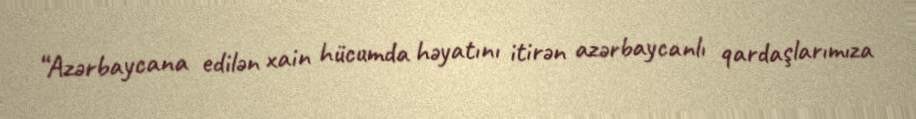
“Azərbaycana edilən xain hücumda həyatını itirən azərbaycanlı qardaşlarımıza